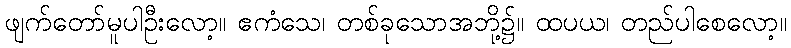
ဖျက်တော်မူပါဦးလော့။ ဧကံသေ၊ တစ်ခုသောအဘို့၌။ ထပယ၊ တည်ပါစေလော့။